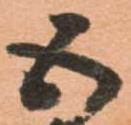
五